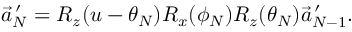
\vec { a } _ { N } ^ { \, \prime } = R _ { z } ( u - \theta _ { N } ) R _ { x } ( \phi _ { N } ) R _ { z } ( \theta _ { N } ) \vec { a } _ { N - 1 } ^ { \, \prime } .